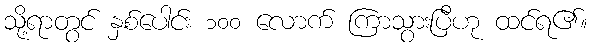
သို့ရာတွင် နှစ်ပေါင်း ၁၀၀ လောက် ကြာသွားပြီဟု ထင်ရ၏။